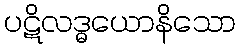
ပဋိလဒ္ဓယောနိသော